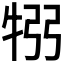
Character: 𤙗